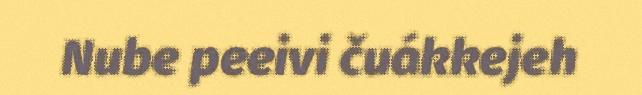
Nube peeivi čuákkejeh